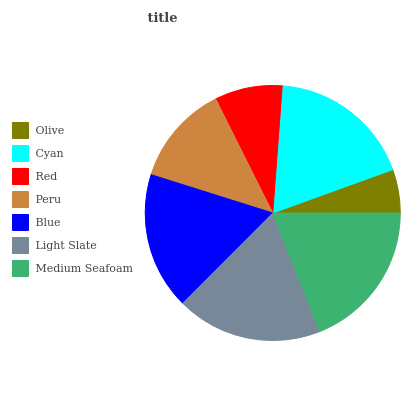
| Olive | Cyan | Red | Peru | Blue | Light Slate | Medium Seafoam |
 | --- | --- | --- | --- | --- | --- | --- |
 | 5.53% | 18.3% | 8.57% | 12.8% | 17.4% | 18.5% | 19% |